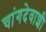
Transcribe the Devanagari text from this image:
चांगदेवाशी